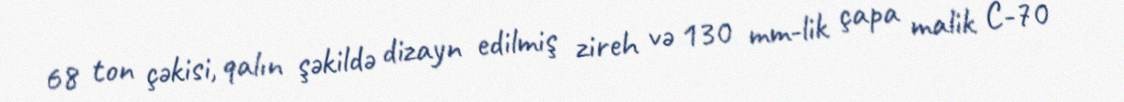
68 ton çəkisi, qalın şəkildə dizayn edilmiş zireh və 130 mm-lik çapa malik C-70